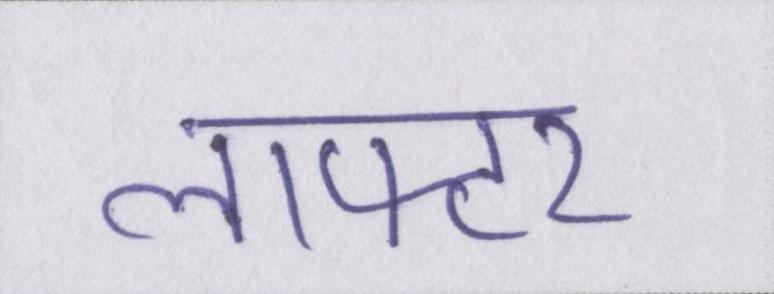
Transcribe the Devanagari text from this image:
लाफ्टर